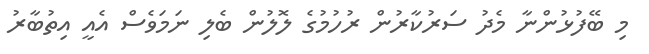
މި ބޭފުޅުންނާ މެދު ސަރުކާރުން ރުހުމުގެ ލޮލުން ބެލި ނަމަވެސް އެއީ އިތުބާރު